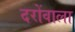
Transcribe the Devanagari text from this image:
दरोंवाला